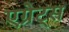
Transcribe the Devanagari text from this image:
एग्रेट्स